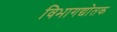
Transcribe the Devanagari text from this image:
विभागद्योतक